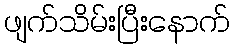
ဖျက်သိမ်းပြီးနောက်